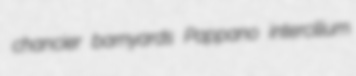
chancier barnyards Pappano intercilium